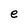
Character: e